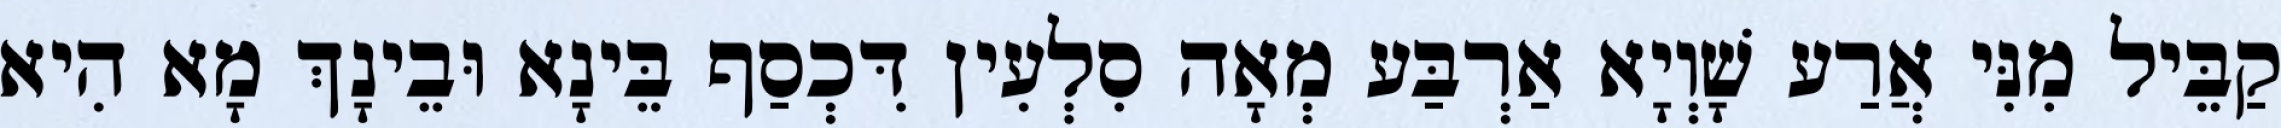
קַבֵּיל מִנִּי אֲרַע שָׁוְיָא אַרְבַּע מְאָה סִלְעִין דִּכְסַף בֵּינָא וּבֵינָךְ מָא הִיא